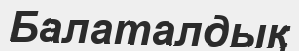
Балаталдық